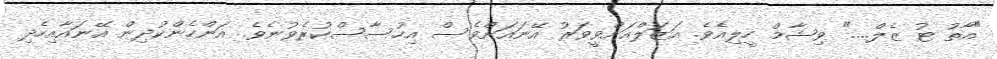
"އާތު ޓު ޒެލް...." ވިޝާމް ހީލިއެވެ. އަޒަލްއަށްވީވަރު އޭނައަށްވެސް އިހުސާސްކުރެވުނެވެ. އަންހެންކުދިން އޭނައާއިހެދި